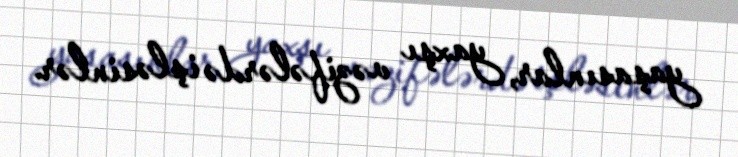
yaşasınlar, yaxşı vəzifələrdə işləsinlər.